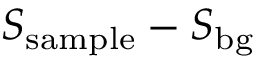
S _ { \mathrm { s a m p l e } } - S _ { \mathrm { b g } }